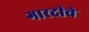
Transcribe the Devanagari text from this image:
गारदीचे